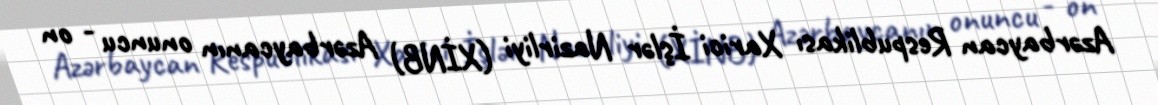
Azərbaycan Respublikası Xarici İşlər Nazirliyi (XİNB) Azərbaycanın onuncu - on